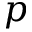
p